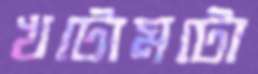
খটোমটো